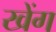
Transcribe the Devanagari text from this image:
खेंग